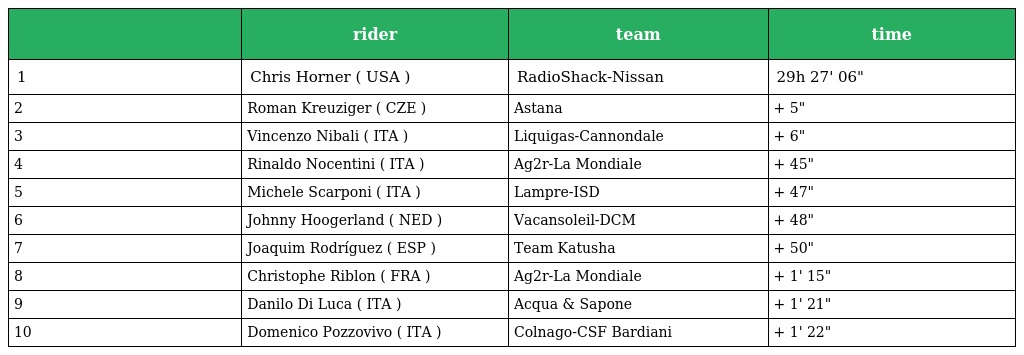
|  | rider | team | time |
 | --- | --- | --- | --- |
 | 1 | Chris Horner ( USA ) | RadioShack-Nissan | 29h 27' 06" |
 | 2 | Roman Kreuziger ( CZE ) | Astana | + 5" |
 | 3 | Vincenzo Nibali ( ITA ) | Liquigas-Cannondale | + 6" |
 | 4 | Rinaldo Nocentini ( ITA ) | Ag2r-La Mondiale | + 45" |
 | 5 | Michele Scarponi ( ITA ) | Lampre-ISD | + 47" |
 | 6 | Johnny Hoogerland ( NED ) | Vacansoleil-DCM | + 48" |
 | 7 | Joaquim Rodríguez ( ESP ) | Team Katusha | + 50" |
 | 8 | Christophe Riblon ( FRA ) | Ag2r-La Mondiale | + 1' 15" |
 | 9 | Danilo Di Luca ( ITA ) | Acqua & Sapone | + 1' 21" |
 | 10 | Domenico Pozzovivo ( ITA ) | Colnago-CSF Bardiani | + 1' 22" |